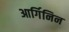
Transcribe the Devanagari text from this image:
आर्गिनिन